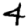
Digit: 4